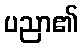
ပညာ၏